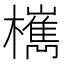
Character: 㰎